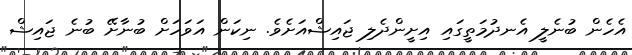
އެހެން ބުނެލީ އެނދުމަތީގައި އިށީންދެލި ޖައިޝްއަށެވެ. ނިކަން އަވަހަށް ބުނާށޭ ބުނެ ޖައިޝް